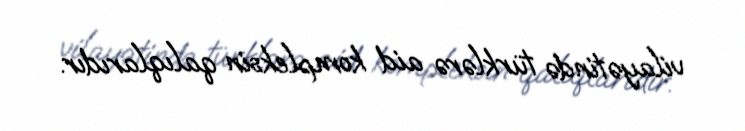
vilayətində türklərə aid kompleksin qalıqlarıdır.